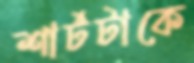
শার্টটাকে